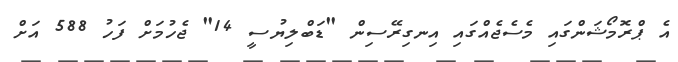
އެ ޕްރޮމޯޝަންގައި މެސެޖެއްގައި އިނގިރޭސިން "ޑަބްލިޔުސީ 14" ޖެހުމަށް ފަހު 588 އަށް